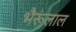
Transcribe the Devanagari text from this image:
भैरूंलाल